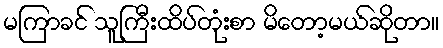
မကြာခင် သူကြီးထိပ်တုံးစာ မိတော့မယ်ဆိုတာ။